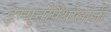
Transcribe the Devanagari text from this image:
इम्युनोपैथोलोजी